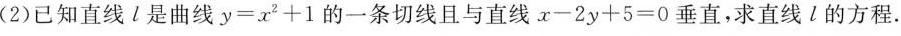
(2)已知直线l是曲线 $$y=x^{2}+1$$ 的一条切线且与直线x-2y+5=0垂直，求直线l的方程.